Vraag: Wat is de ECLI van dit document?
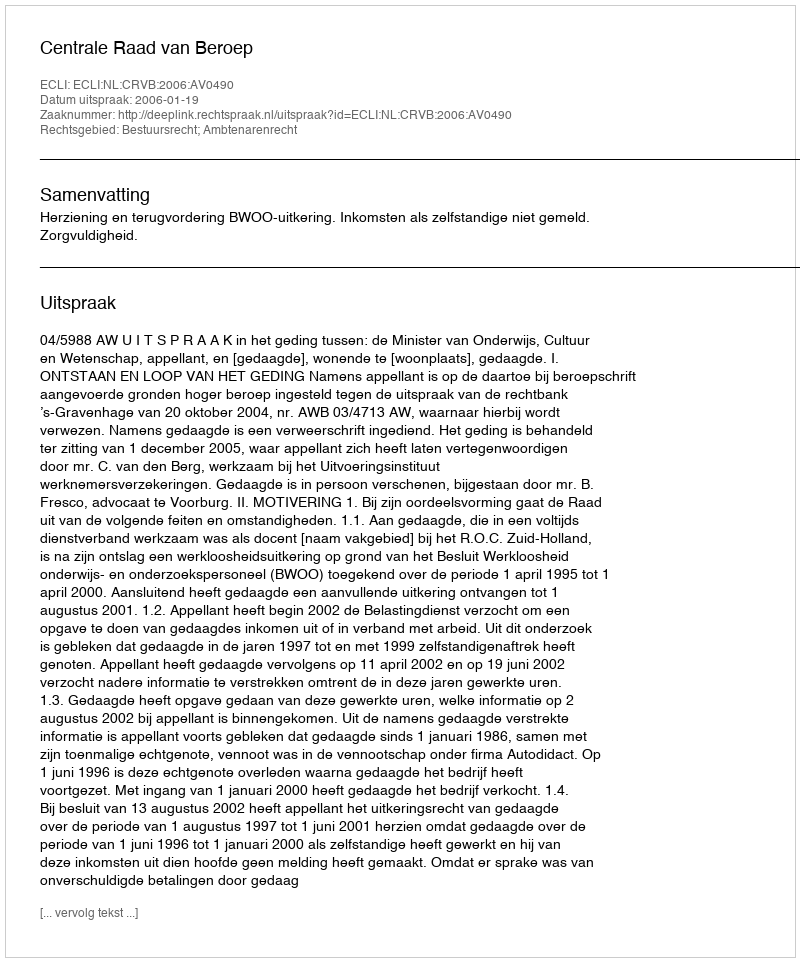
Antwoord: ECLI:NL:CRVB:2006:AV0490